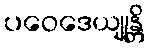
ပဝေဒေယျုန္တိ